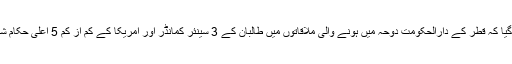
رپورٹ میں بتایا گیا کہ قطر کے دارالحکومت دوحہ میں ہونے والی ملاقاتوں میں طالبان کے 3 سینئر کمانڈر اور امریکا کے کم از کم 5 اعلیٰ حکام شریک ہوئے تھے۔